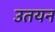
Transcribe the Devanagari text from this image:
उतयन